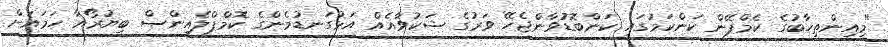
"މިއިންތިޚާބުގެ ކެމްޕޭން ކަންކަމުގައި ކަންބޮޑުވާންޖެހޭ ވަރުގެ ޝަކުވާއެއް އަޅުގަނޑުމެންގެ ކޮމްޕްލެއިންސް ބިޔުރޯއާ ހަމަައަށް